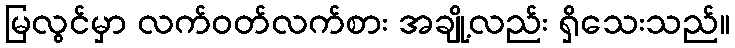
မြလွင်မှာ လက်ဝတ်လက်စား အချို့လည်း ရှိသေးသည်။